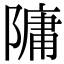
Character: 䧡